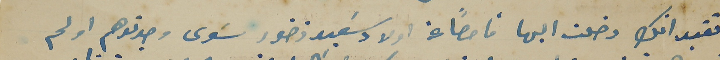
تقيد انك دخلت اليها فاحصاً عن اولاد سَعيد زخور سَوى وجدتوهم او لم